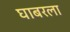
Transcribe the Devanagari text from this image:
घाबरला